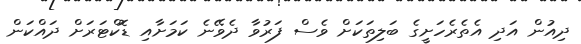
ދިއުން އަދި އެތެރެހަށީގެ ބަލިތަަކަށް ވެސް ފަރުވާ ދެވޭނެ ކަމަށާއި ޑޮކްޓަރަށް ދައްކަން